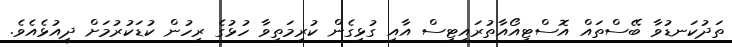
ތަދުކަނޑުވާ ބޭސްތައް އޮސްޓިއޯއާތުރައިޓިސް އާއި ގުޅިގެން ކުރިމަތިވާ ހުޅުގެ ރިހުން ކުޑަކުރުމަށް ދީއުޅެއެވެ.